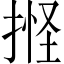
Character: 𢯑